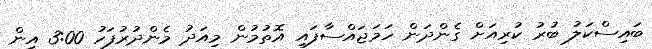
ބައިސްކަލު ބުރު ކުރިއަށް ގެންދަން ހަމަޖައްސާފައި އޮތުމުން މިއަދު މެންދުރުފަހު 3:00 އިން